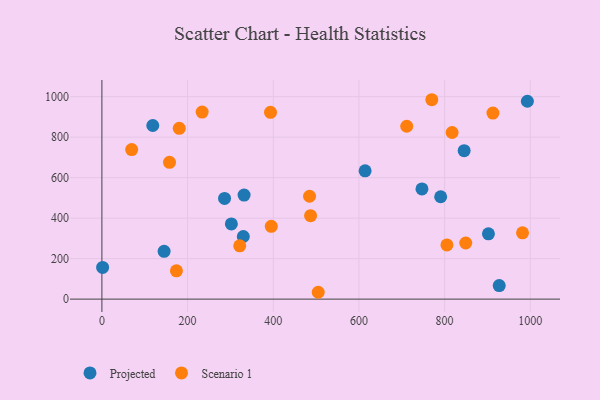
{"axis": {"x": "Speed", "y": "Demand"}, "legend": ["Projected", "Scenario 1"], "data": [{"x": "1.7", "y": 156.4, "type": "Projected"}, {"x": "747.1", "y": 544.5, "type": "Projected"}, {"x": "845.6", "y": 733.3, "type": "Projected"}, {"x": "614.4", "y": 633.8, "type": "Projected"}, {"x": "286.3", "y": 497.2, "type": "Projected"}, {"x": "118.8", "y": 857.6, "type": "Projected"}, {"x": "790.8", "y": 505.7, "type": "Projected"}, {"x": "927.5", "y": 67.0, "type": "Projected"}, {"x": "302.2", "y": 371.6, "type": "Projected"}, {"x": "331.9", "y": 513.8, "type": "Projected"}, {"x": "993.2", "y": 977.3, "type": "Projected"}, {"x": "330.1", "y": 309.2, "type": "Projected"}, {"x": "145.2", "y": 235.9, "type": "Projected"}, {"x": "902.3", "y": 322.6, "type": "Projected"}, {"x": "912.8", "y": 918.8, "type": "Scenario 1"}, {"x": "711.6", "y": 853.8, "type": "Scenario 1"}, {"x": "180.6", "y": 843.5, "type": "Scenario 1"}, {"x": "981.9", "y": 327.7, "type": "Scenario 1"}, {"x": "817.5", "y": 823.0, "type": "Scenario 1"}, {"x": "484.7", "y": 508.2, "type": "Scenario 1"}, {"x": "505.0", "y": 33.8, "type": "Scenario 1"}, {"x": "805.4", "y": 267.9, "type": "Scenario 1"}, {"x": "157.8", "y": 675.9, "type": "Scenario 1"}, {"x": "849.3", "y": 277.1, "type": "Scenario 1"}, {"x": "393.6", "y": 922.5, "type": "Scenario 1"}, {"x": "234.0", "y": 923.8, "type": "Scenario 1"}, {"x": "321.7", "y": 263.3, "type": "Scenario 1"}, {"x": "174.0", "y": 139.9, "type": "Scenario 1"}, {"x": "770.1", "y": 984.9, "type": "Scenario 1"}, {"x": "69.5", "y": 738.9, "type": "Scenario 1"}, {"x": "487.1", "y": 412.2, "type": "Scenario 1"}, {"x": "395.4", "y": 359.5, "type": "Scenario 1"}]}